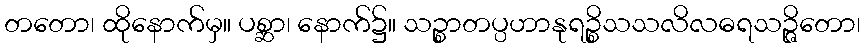
တတော၊ ထိုနောက်မှ။ ပစ္ဆာ၊ နောက်၌။ သဉ္စာတပ္ပဟာနုရဉ္စိသသလိလဓရသဉ္ဇိတော၊